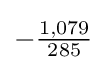
-{\tfrac {1,079}{285}}